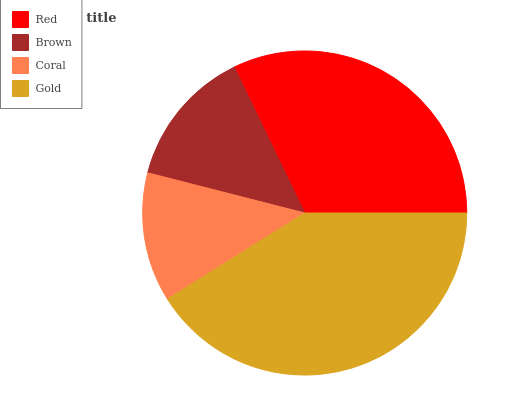
| Red | Brown | Coral | Gold |
 | --- | --- | --- | --- |
 | 32.2% | 13.9% | 12.9% | 41.1% |